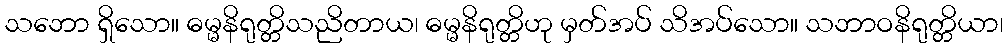
သဘော ရှိသော။ ဓမ္မနိရုတ္တိသညိတာယ၊ ဓမ္မနိရုတ္တိဟု မှတ်အပ် သိအပ်သော။ သဘာဝနိရုတ္တိယာ၊